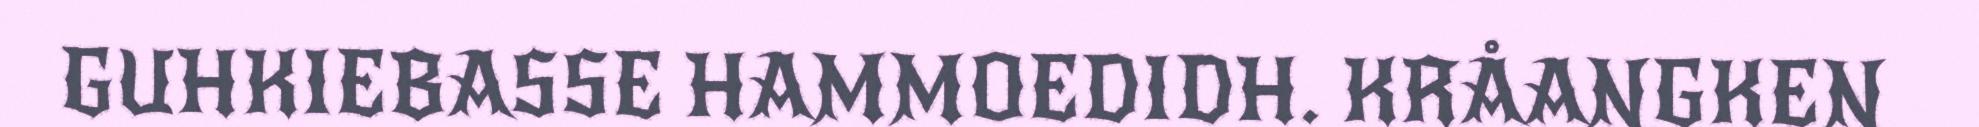
GUHKIEBASSE HAMMOEDIDH. KRÅANGKEN